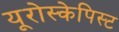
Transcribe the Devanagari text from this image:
यूरोस्केपिस्ट